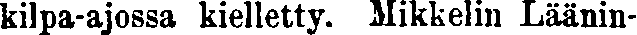
kilpa-ajossa kielletty. Mikkelin Läänin-